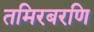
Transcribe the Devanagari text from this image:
तमिरबरणि